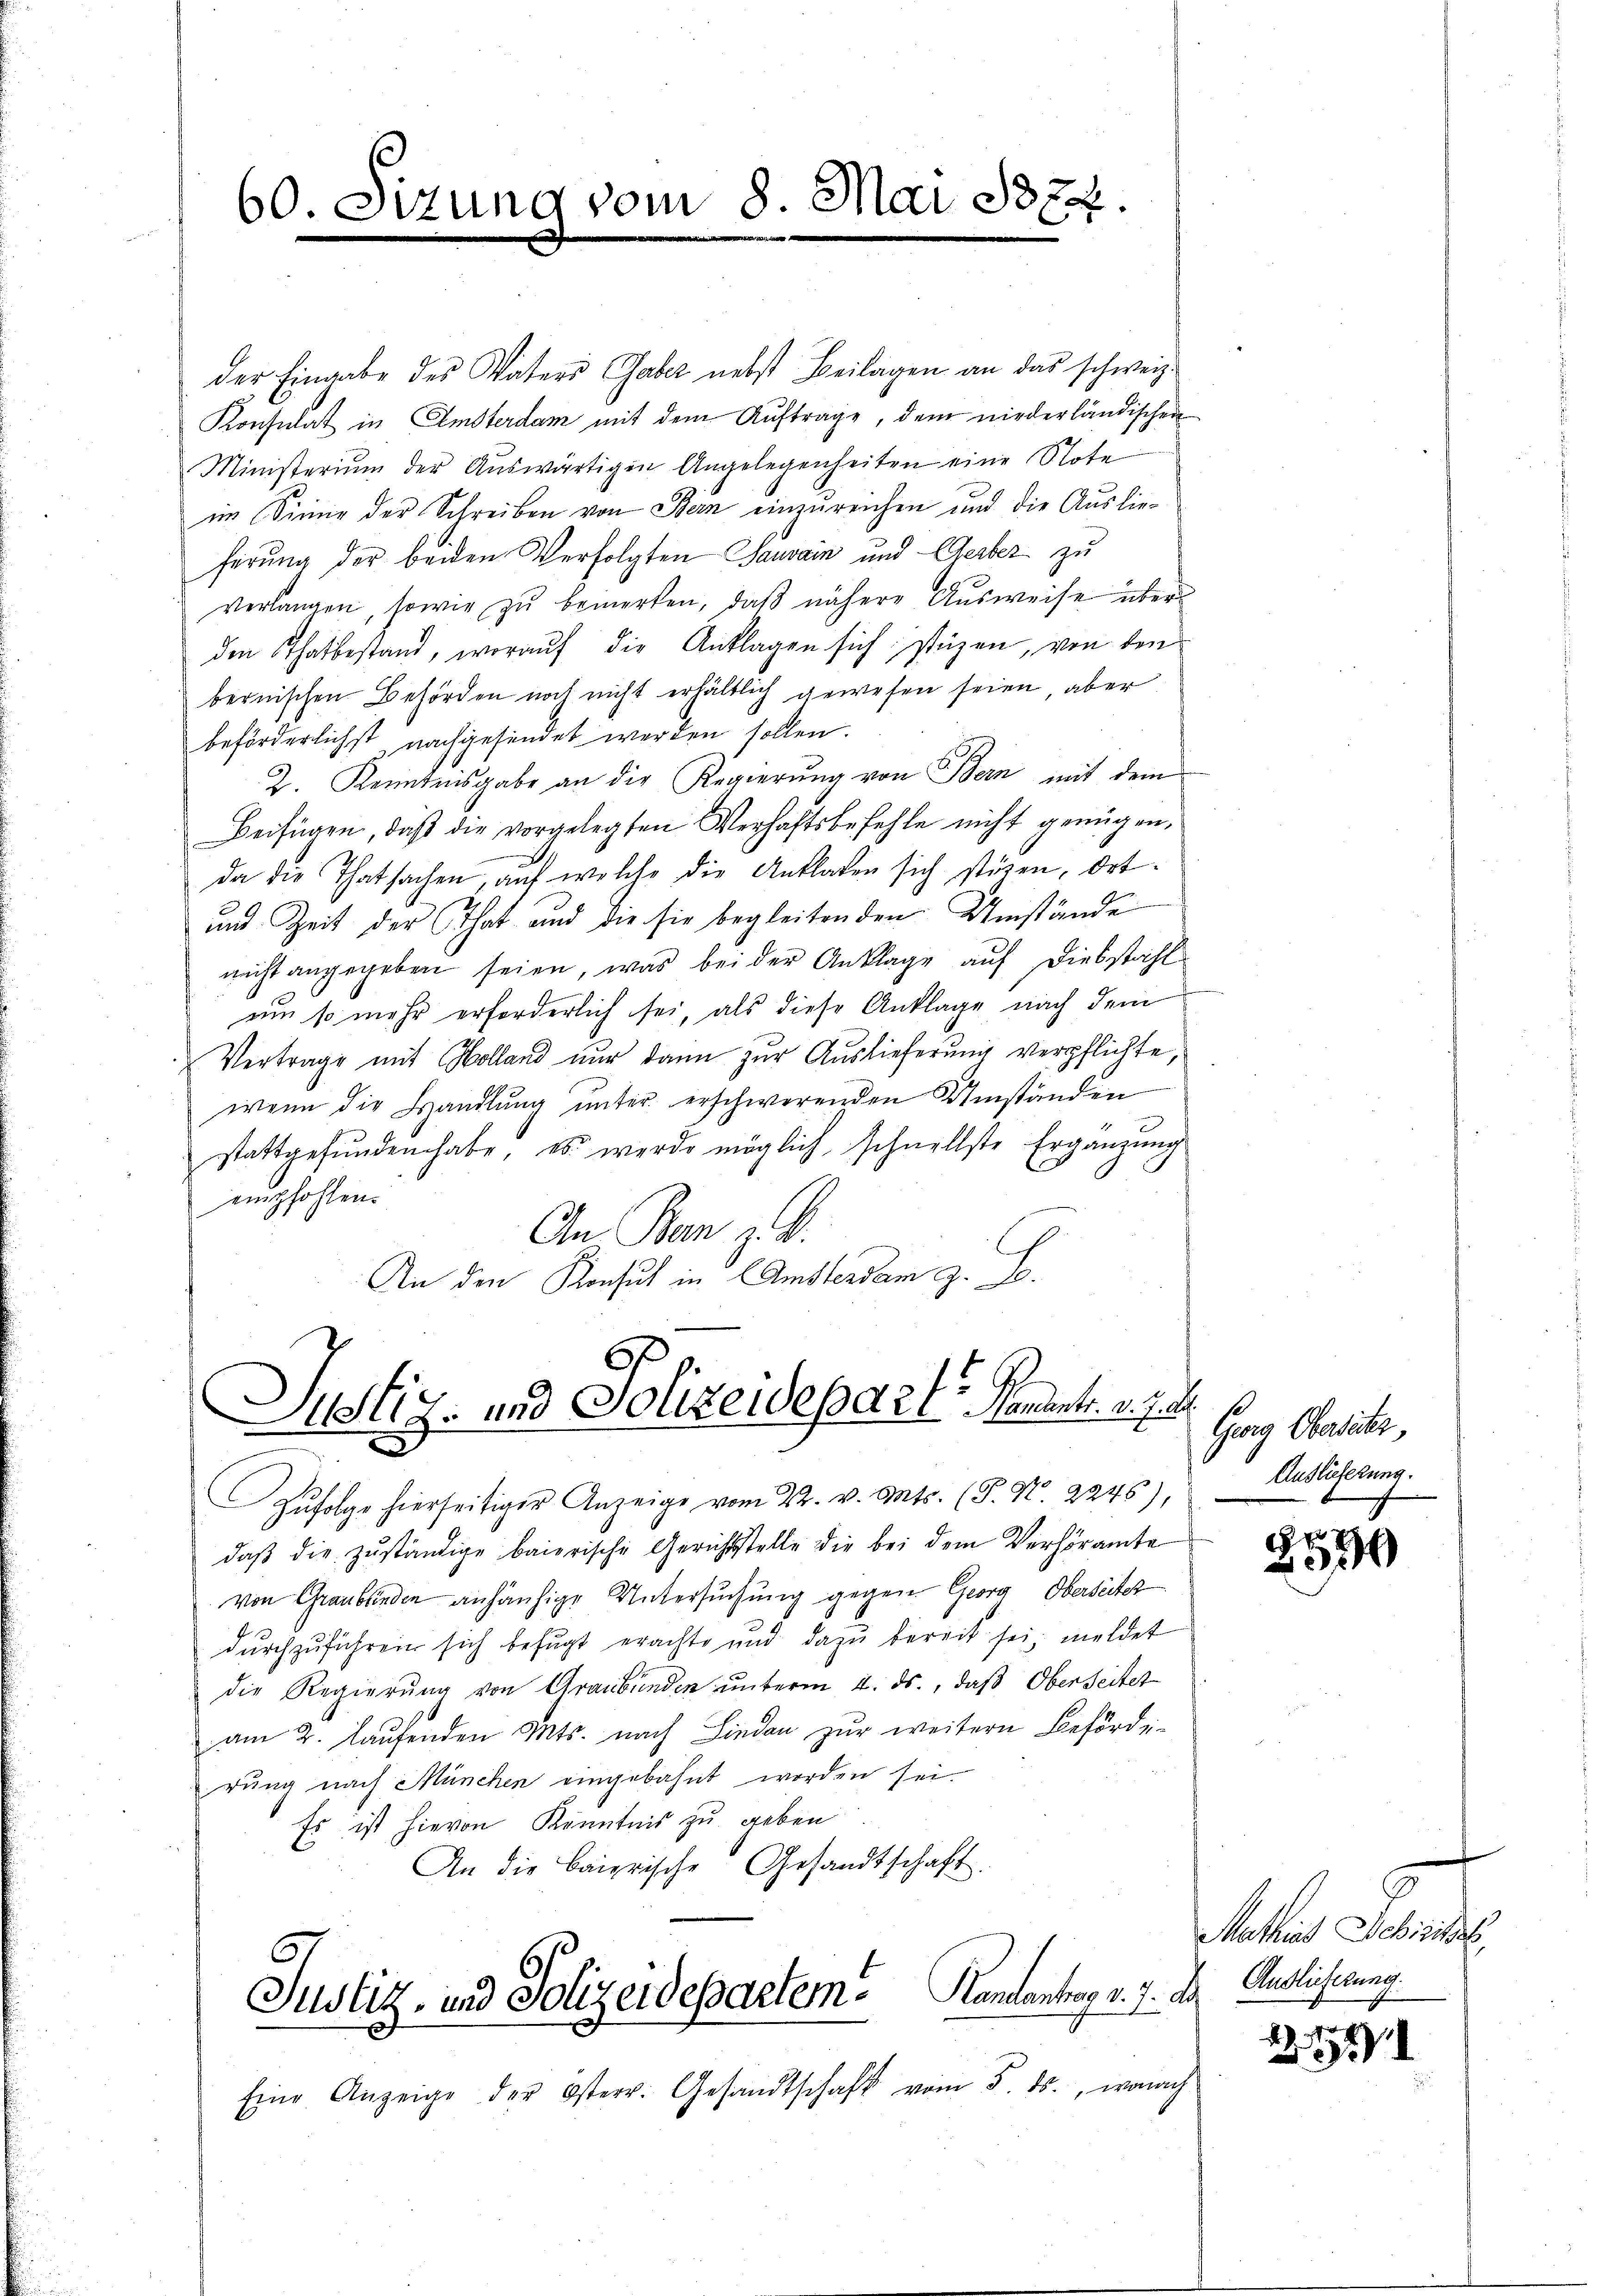
60. Sitzung vom 8. Mai 1874

der Eingabe des Vaters Gaber nebst Beilagen an das schweiz.
Konsulat in Amsterdam mit dem Auftrage, dem niederländischen
Ministerium der Auswärtigen Angelegenheiten eine Note
im Sinne der Schreiben von Bern einzureichen und die Auslieferung der beiden Verfolgten Sauvam und Gerber zu
verlangen, sowie zu bemerken, daß nähere Ausweise überden Thatbestand, woraŭf die Anklagen sich stüzen, von den
bernischen Behörden noch nicht erhältlich gewesen seien, aber
beförderlichst nachgesendet werden sollen.
2. Kenntnisgabe an die Regierŭng von Bern mit dem
Beifügen, daβ die vorgelegten Verhaftsbefehle nicht genügen,
da die Thatsachen, auf welche die Anklagen sich stören, Ort
und Zeit der That und die sie begleitenden Umstände
nicht angegeben seien, was bei der Anklage auf Diebstahl
um so mehr erforderlich sei, als diese Anklage nach dem
Vertrage mit Holland nur dann zur Auslieferung verpflichte,
wenn die Handlung unter erschwerenden Umständen
stattgefunden habe, es werde möglich, schnellste Ergänzung
empfohlen.
An Ban z. B.
An den Konsul in Amsterdam z. B.

Justiz- und Polizeidepar l. Namentr. v. J.

Zŭfolge hierseitiger Anzeige vom 22. v. Mts. (T. N. 2245)
daβ die zŭständige baierische Gerichtstelle die bei dem Verhöramte
von Graublinden anhäufige Untersuchung gegen Georg Oberseiter
durchzuführen sich befugt erachte und dazu bereit sei meldet
die Regierŭng von Graubünden ŭnterm 4. ds., daß Oberseitet
am 2. Laufenden Mts. nach Lieden zur weitern Befördi-
rung nach München eingebahnt worden sei.
Es ist hievon Kenntnis zu geben
An die Baierische Gesandtschaft
Justiz- und Polizeidepartem . Handantrag v. 7. de
e
Eine Anzeige der Osterr. Gesandtschaft vom 5. ds., wonach

Georg Obersatz,
Auslicherung.

e

.
30

Mathias Schri
Auslieferung.

2